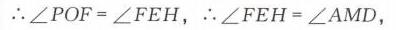
\(\therefore\angle POF = \angle FEH,\ \therefore\angle FEH=\angle AMD,\)